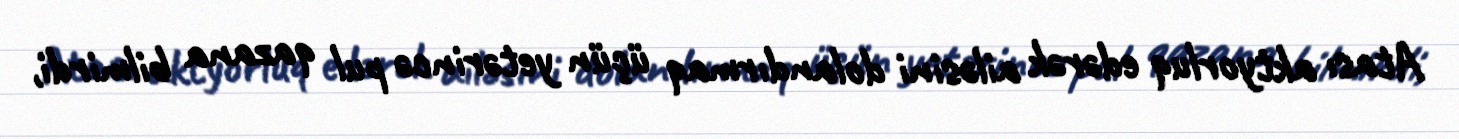
Atası aktyorluq edərək ailəsini dolandırmaq üçün yetərincə pul qazana bilmirdi,